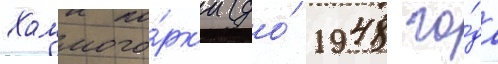
Холмого́рк'и (до́ 1948 го́да